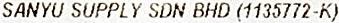
SANYU SUPPLY SDN BHD (1135772-K)